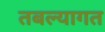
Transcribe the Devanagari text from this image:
तबल्यागत